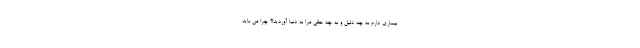
بیماری دارم به چه دلیل و به چه حقی مرا به دنیا آوردید!؟ چرا من باید